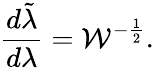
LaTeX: {\frac{d\tilde{\lambda}}{d\lambda}}={\cal W}^{-{\frac{1}{2}}}.